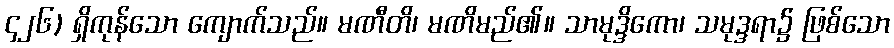
၄၂၆) ရှိကုန်သော ကျောက်သည်။ မဏီတိ၊ မဏိမည်၏။ သာမုဒ္ဒိကော၊ သမုဒ္ဒရာ၌ ဖြစ်သော